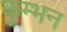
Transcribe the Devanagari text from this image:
कुम्भन